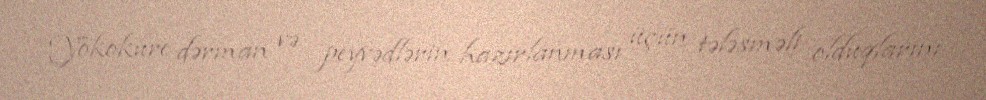
Yokokure dərman və peyvədlərin hazırlanması üçün tələsməli olduqlarını